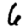
Digit: 6